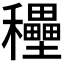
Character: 𥤐